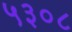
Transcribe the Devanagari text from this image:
५३०८